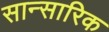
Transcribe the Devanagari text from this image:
सान्सारिक